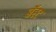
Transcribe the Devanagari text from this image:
बॅस्ट